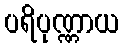
ပရိပုဏ္ဏာယ